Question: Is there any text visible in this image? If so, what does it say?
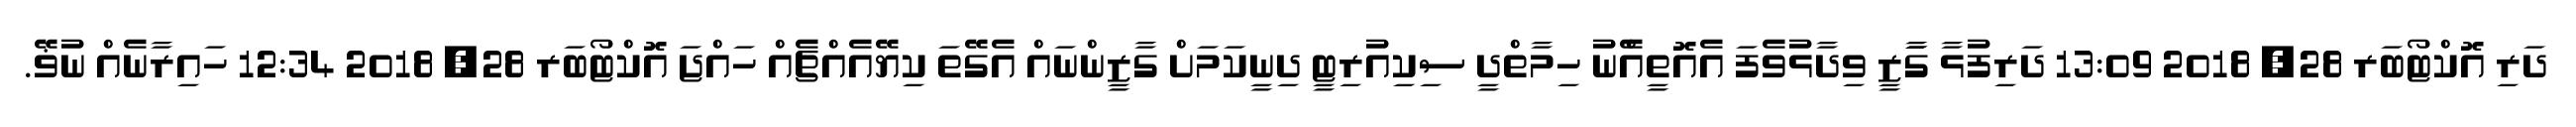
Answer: ދަރި އޮކްޓޯބަރ 28, 2018 13:09 ދަރިފުޅާ ގާަޒީ ވިދާޅުވެފަ އެއޮތީއެްނު ހިމާތްދީ ސިކިއުރިޓީ ދިނީކަމަށް ގާޒީންނައް އެގޭތަ ކިޔޭއެއްޗެއް ހައްޖަ އޮކްޓޯބަރ 28, 2018 12:34 ހައިރާނެއް ނުޥޭ.